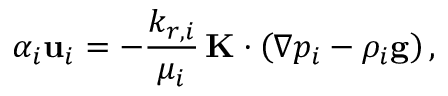
\alpha _ { i } \mathbf { u } _ { i } = - \frac { k _ { r , i } } { \mu _ { i } } \, \mathbf { K } \cdot \left( \nabla p _ { i } - \rho _ { i } \mathbf { g } \right) ,